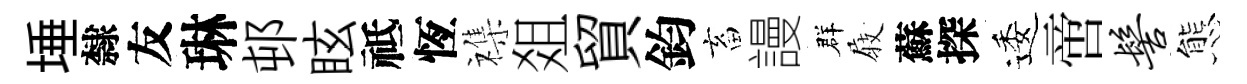
埵隸友琳邨眩祗恆襍爼貿鈞畜謾群𡲆蘇探逶啻髻態